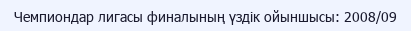
Чемпиондар лигасы финалының үздік ойыншысы: 2008/09